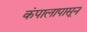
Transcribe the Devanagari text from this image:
कंपालापासून